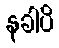
နခါပိ